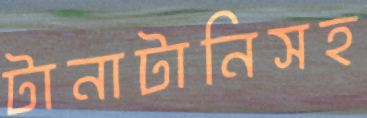
টানাটানিসহ